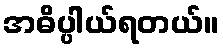
အဓိပ္ပါယ်ရတယ်။